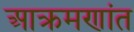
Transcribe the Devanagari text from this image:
आक्रमणांत